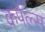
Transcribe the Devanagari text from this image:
कर्पेल्स